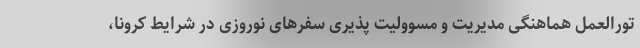
تورالعمل هماهنگی مدیریت و مسوولیت پذیری سفرهای نوروزی در شرایط کرونا،